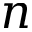
n